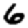
Digit: 6